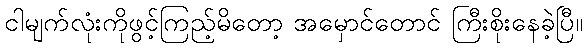
ငါမျက်လုံးကိုဖွင့်ကြည့်မိတော့ အမှောင်တောင် ကြီးစိုးနေခဲ့ပြီ။